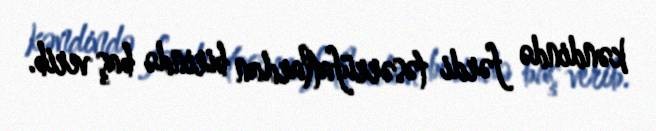
kəndində fərdi təsərrüfatlardan birində baş verib.